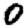
Digit: 0